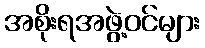
အစိုးရအဖွဲ့ဝင်များ